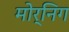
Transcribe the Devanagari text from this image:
मोर्निग